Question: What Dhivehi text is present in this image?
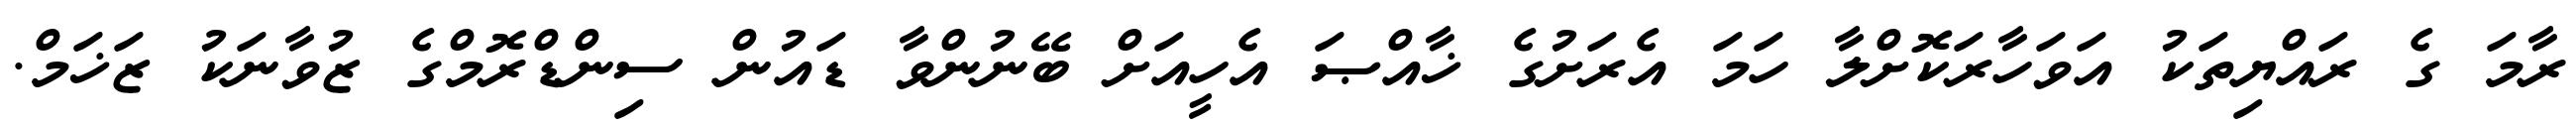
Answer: ރާމަ ގެ ރައްޔިތަކު އަވަހާރަކޮށްލާ ހަމަ އެރަށުގެ ޚާއްޞަ އެހީއަށް ބޭނުންވާ ޑައުން ސިންޑްރޮމްގެ ޒުވާނަކު ޒަޚަމް.